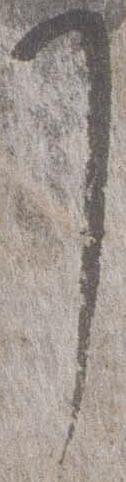
了